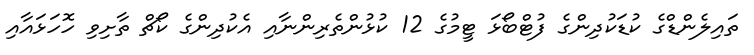
ތައިލެންޑްގެ ކުޑަކުދިންގެ ފުޓްބޯޅަ ޓީމުގެ 12 ކުޅުންތެރިންނާއި އެކުދިންގެ ކޯޗް ތާށިވި ހޮހަޅައާއި